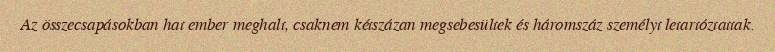
Az összecsapásokban hat ember meghalt, csaknem kétszázan megsebesültek és háromszáz személyt letartóztattak.